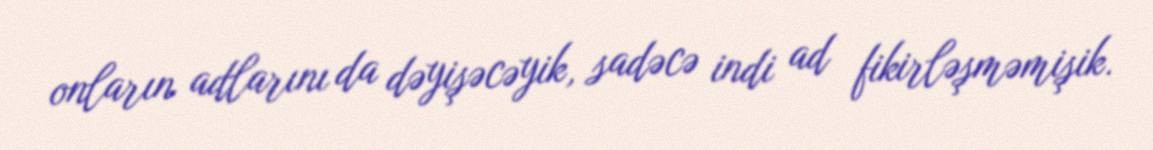
onların adlarını da dəyişəcəyik, sadəcə indi ad fikirləşməmişik.